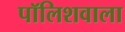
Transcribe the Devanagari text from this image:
पॉलिशवाला